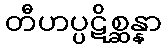
တီဟပ္ပဋိစ္ဆန္နာ